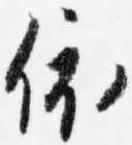
依